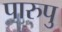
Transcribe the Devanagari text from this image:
पारुपु